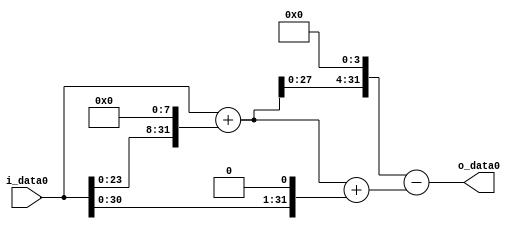
module multiplier_block (
    i_data0,
    o_data0
);

  // Port mode declarations:
  input   [31:0] i_data0;
  output  [31:0]
    o_data0;

  //Multipliers:

  wire [31:0]
    w1,
    w256,
    w257,
    w2,
    w259,
    w4112,
    w3853;

  assign w1 = i_data0;
  assign w2 = w1 << 1;
  assign w256 = w1 << 8;
  assign w257 = w1 + w256;
  assign w259 = w257 + w2;
  assign w3853 = w4112 - w259;
  assign w4112 = w257 << 4;

  assign o_data0 = w3853;

  //multiplier_block area estimate = 5585.02562337059;
endmodule